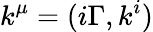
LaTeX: k^{\mu}=(i\Gamma,k^{i})